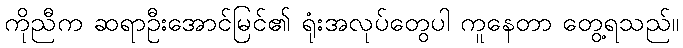
ကိုညီက ဆရာဦးအောင်မြင်၏ ရုံးအလုပ်တွေပါ ကူနေတာ တွေ့ရသည်။